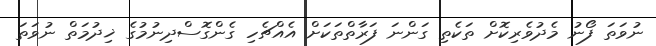
ނުވަތަ ފޯނު މެދުވެރިކޮށް ތަކެތި ގަންނަ ފަރާތްތަކަށް އެއްޗެހި ގެންގޮސްދިނުމުގެ ޚިދުމަތް ނުވަތަ